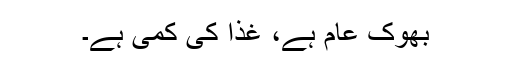
بھوک عام ہے، غذا کی کمی ہے۔